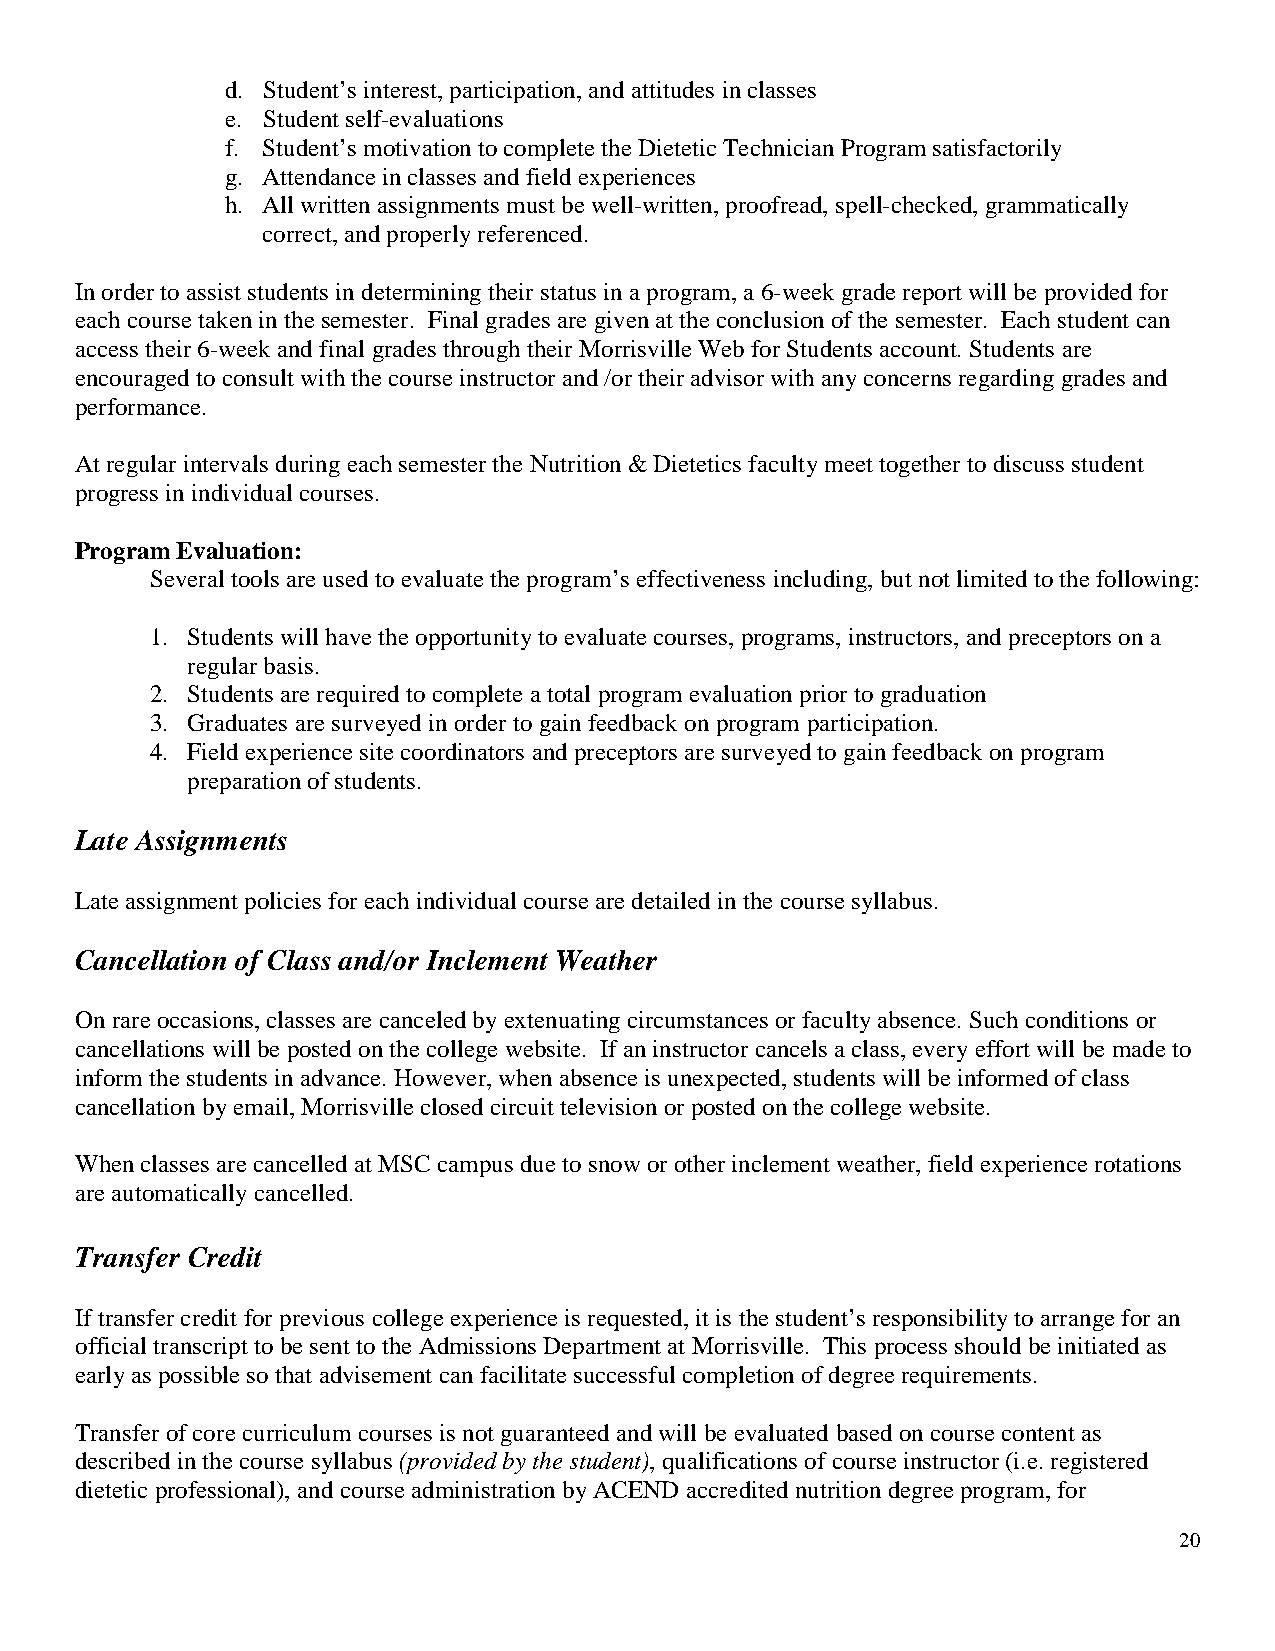
d. Student’s interest, participation, and attitudes in classes
 e. Student self-evaluations
 f. Student’s motivation to complete the Dietetic Technician Program satisfactorily
 g. Attendance in classes and field experiences
 h. All written assignments must be well-written, proofread, spell-checked, grammatically
 correct, and properly referenced.
 In order to assist students in determining their status in a program, a 6-week grade report will be provided for
 each course taken in the semester. Final grades are given at the conclusion of the semester. Each student can
 access their 6-week and final grades through their Morrisville Web for Students account. Students are
 encouraged to consult with the course instructor and /or their advisor with any concerns regarding grades and
 performance.
 At regular intervals during each semester the Nutrition & Dietetics faculty meet together to discuss student
 progress in individual courses.
 Program Evaluation:
 Several tools are used to evaluate the program’s effectiveness including, but not limited to the following:
 1. Students will have the opportunity to evaluate courses, programs, instructors, and preceptors on a
 regular basis.
 2. Students are required to complete a total program evaluation prior to graduation
 3. Graduates are surveyed in order to gain feedback on program participation.
 4. Field experience site coordinators and preceptors are surveyed to gain feedback on program
 preparation of students.
 Late Assignments
 Late assignment policies for each individual course are detailed in the course syllabus.
 Cancellation of Class and/or Inclement Weather
 On rare occasions, classes are canceled by extenuating circumstances or faculty absence. Such conditions or
 cancellations will be posted on the college website. If an instructor cancels a class, every effort will be made to
 inform the students in advance. However, when absence is unexpected, students will be informed of class
 cancellation by email, Morrisville closed circuit television or posted on the college website.
 When classes are cancelled at MSC campus due to snow or other inclement weather, field experience rotations
 are automatically cancelled.
 Transfer Credit
 If transfer credit for previous college experience is requested, it is the student’s responsibility to arrange for an
 official transcript to be sent to the Admissions Department at Morrisville. This process should be initiated as
 early as possible so that advisement can facilitate successful completion of degree requirements.
 Transfer of core curriculum courses is not guaranteed and will be evaluated based on course content as
 described in the course syllabus (provided by the student), qualifications of course instructor (i.e. registered
 dietetic professional), and course administration by ACEND accredited nutrition degree program, for
 20